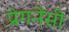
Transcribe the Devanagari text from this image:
प्रेगनेंसी